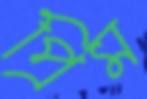
প্রিম